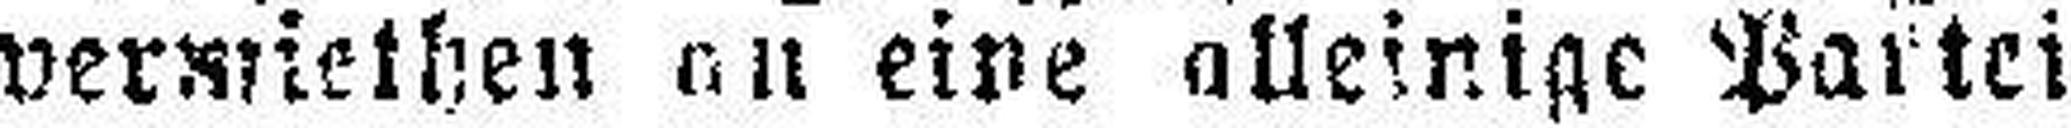
vermiethen an eine alleinige Partei